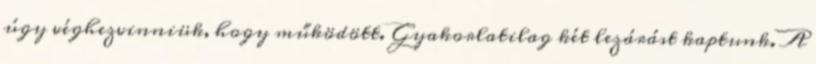
úgy véghezvinniük, hogy működött. Gyakorlatilag két lezárást kaptunk. A